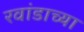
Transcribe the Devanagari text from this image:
रवांडाच्‍या